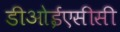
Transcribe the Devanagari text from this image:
डीओईएसीसी